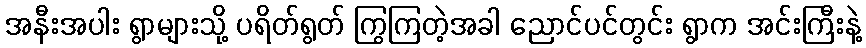
အနီးအပါး ရွာများသို့ ပရိတ်ရွတ် ကြွကြတဲ့အခါ ညောင်ပင်တွင်း ရွာက အင်းကြီးနဲ့